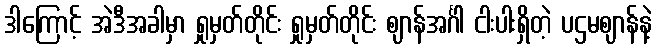
ဒါကြောင့် အဲဒီအခါမှာ ရှုမှတ်တိုင်း ရှုမှတ်တိုင်း ဈာန်အင်္ဂါ ငါးပါးရှိတဲ့ ပဌမဈာန်နဲ့